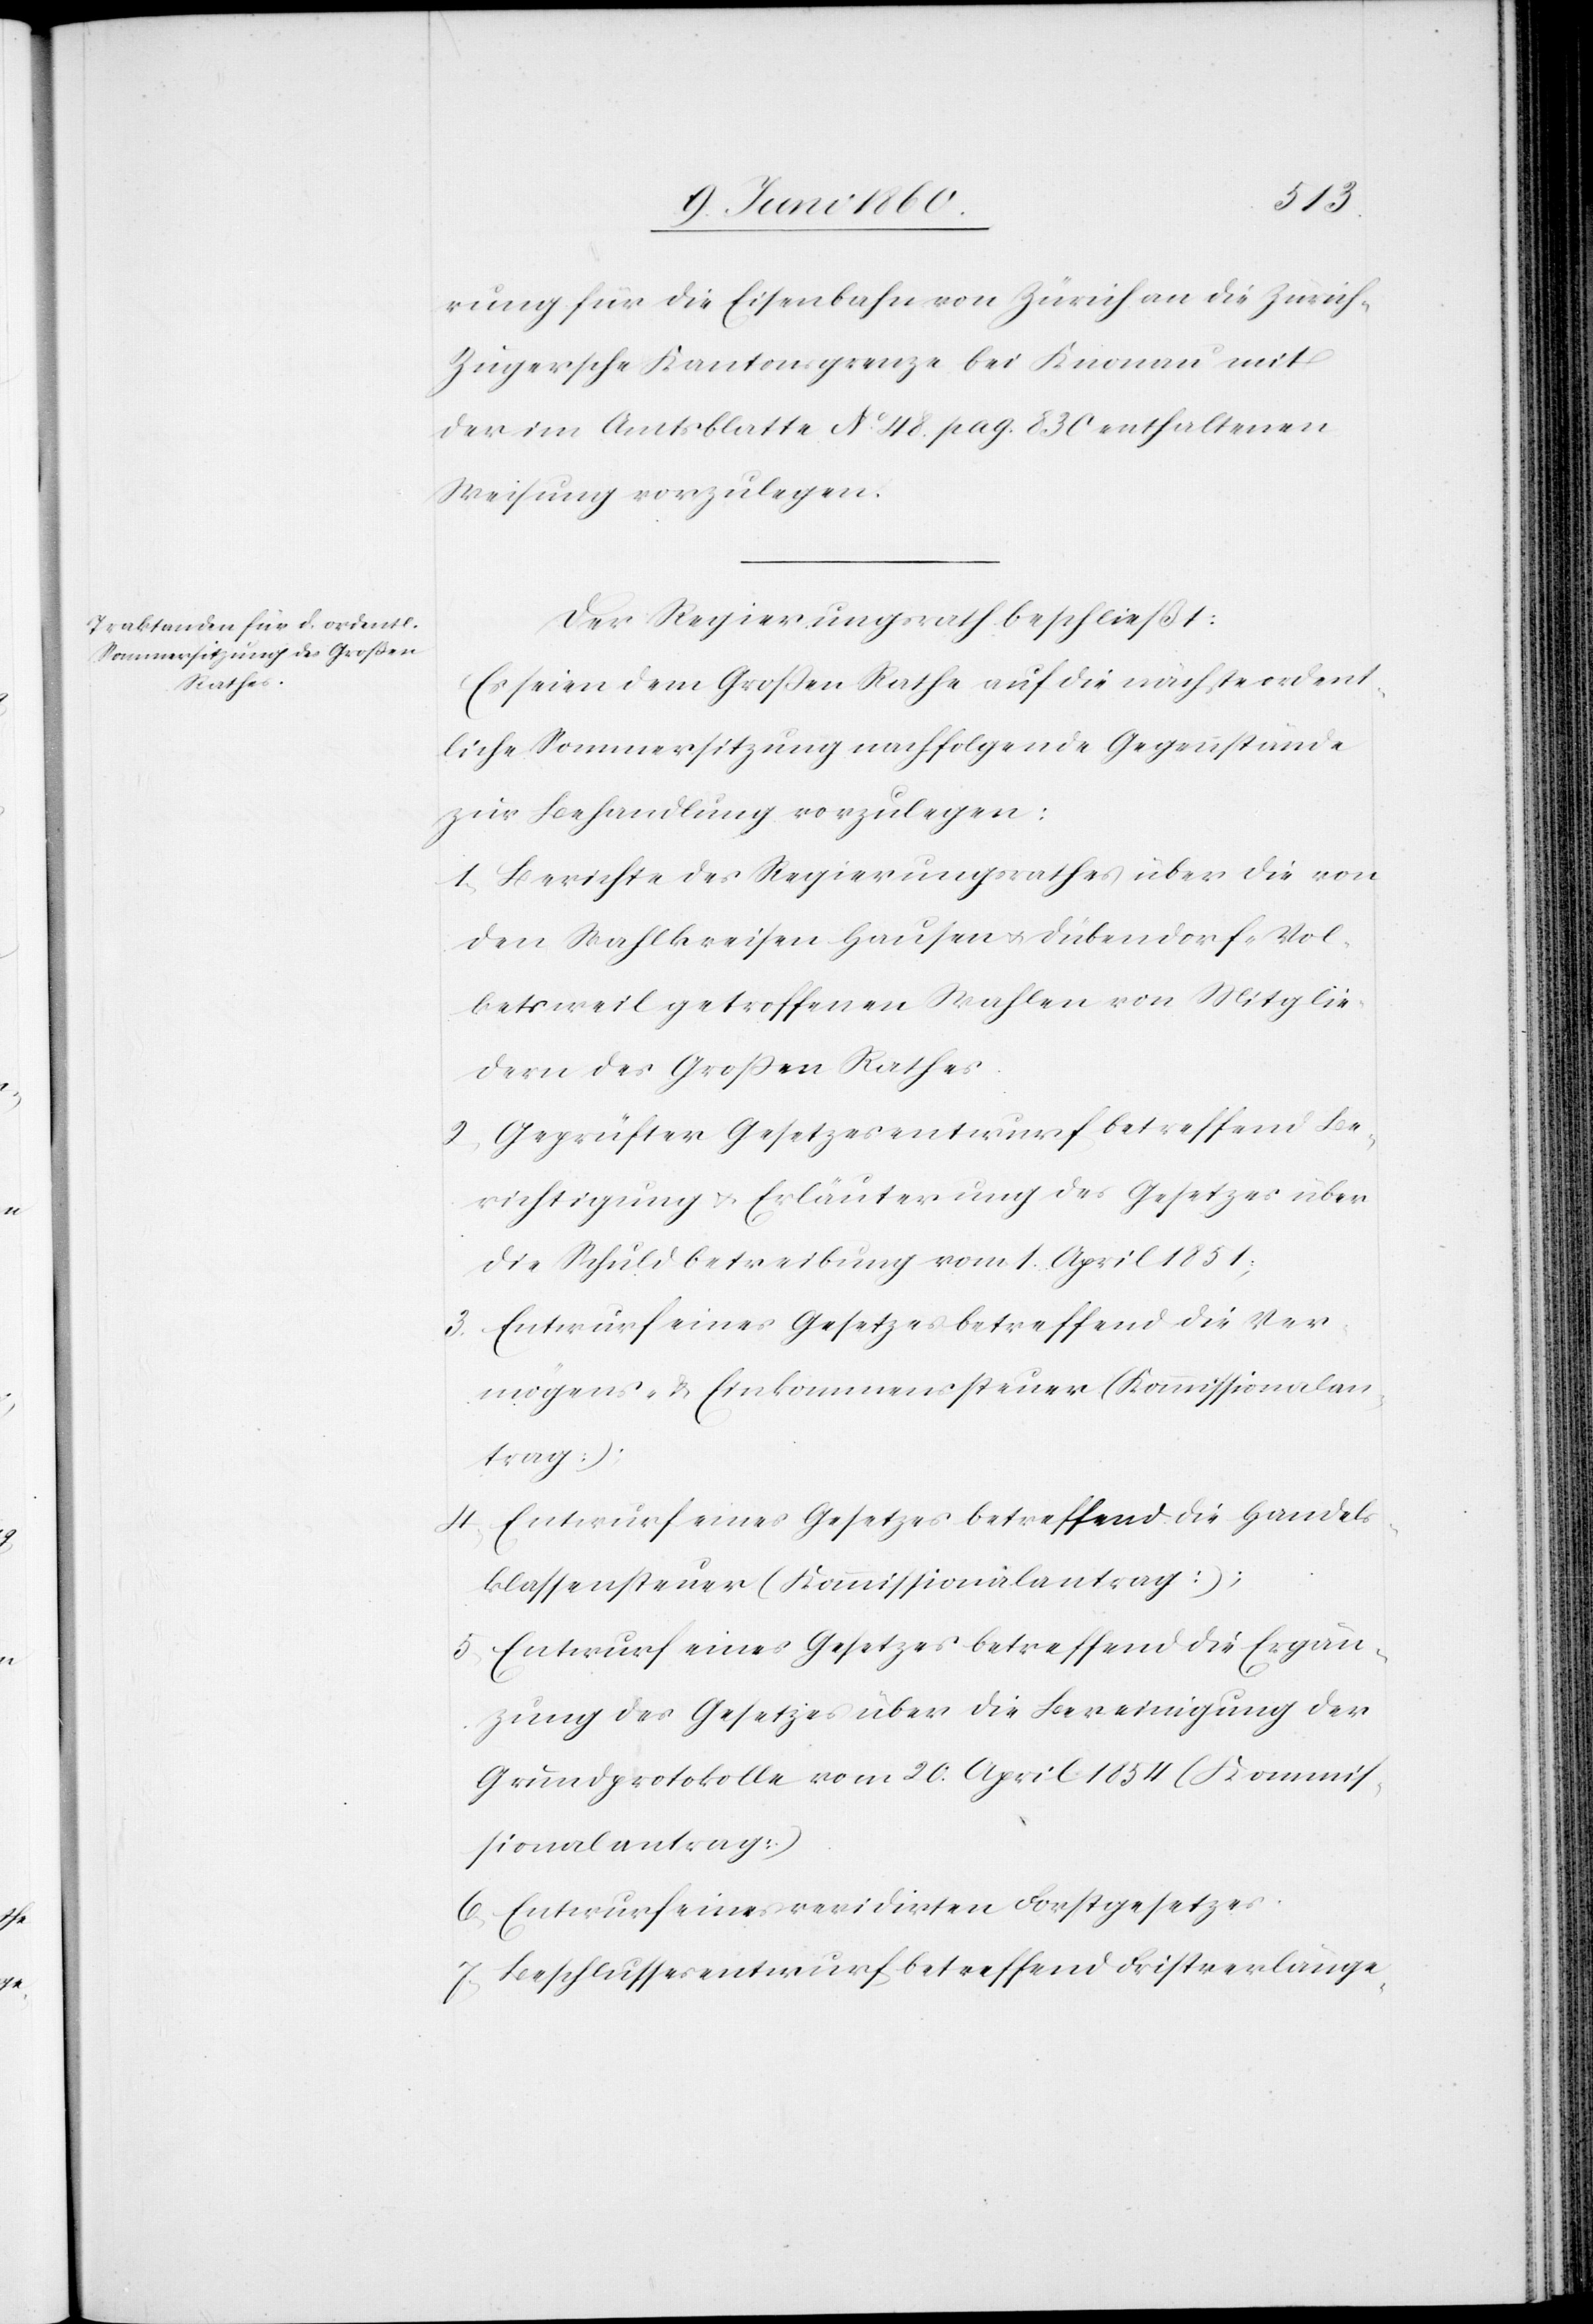
rung für die Eisenbahn von Zürich an die Zürich-Z¬
ugerschen Kantonsgrenze bei Knonau mit
der im Amtblatte No 48. pag. 830 enthaltenen
Weisung vorzulegen.
Der Regierungsrath beschließt:
Es seien dem Grossen Rathe auf die nächste ordent¬
liche Sommersitzung nachfolgende Gegenstände
zur Behandlung vorzulegen:
1. Berichte des Regierungsrathes über die von
den Wahlkreisen Hausen u. Dübendorf-Vol¬
ketsweil getroffenen Wahlen von Mitglie¬
dern des Grossen Rathes.
2. Geprüfter Gesetzesentwurf betreffend Be¬
richtigung u. Erläuterung des Gesetzes über
die Schuldbetreibung vom 1. April 1851;
3. Entwurf eines Gesetzes betreffend die Ver¬
mögens-& Einkommenssteuer (Kommissionalan¬
trag)
4. Entwurf eines Gesetzes betreffend die Handels¬
klassensteuer (Kommissionalantrag);
5. Entwurf eines Gesetzes betreffend die Ergän¬
zung des Gesetzes über die Bereinigung der
Grundprotokolle vom 20. April 1854 (Kommis¬
sionalantrag)
6. Entwurf eines revidirten Forstgesetzes.
7. Beschlussesentwurf betreffend Fristverlänge-